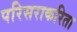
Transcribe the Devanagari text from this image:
परिसराकरिता